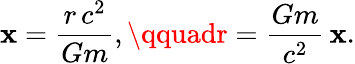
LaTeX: \mathbf{x}=\frac{{r\, c^{2}}}{{Gm}},\qquadr=\frac{{Gm}}{{c^{2}}}\, \mathbf{x}.